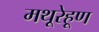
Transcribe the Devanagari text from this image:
मथूरेहूण